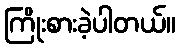
ကြိုးစားခဲ့ပါတယ်။